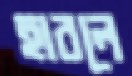
হাবলে